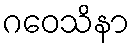
ဂဝေသိနာ